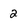
Character: 2